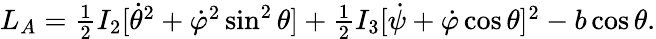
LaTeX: \begin{array}{r}{L_{A}=\frac 12I_{2}[\dot{\theta}^{2}+\dot{\varphi}^{2}\sin^{2}\theta]+\frac 12I_{3}[\dot{\psi}+\dot{\varphi}\cos\theta]^{2}-b\cos\theta.}\end{array}